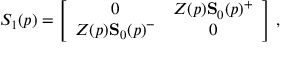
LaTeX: S _ { 1 } ( p ) = \left[ \begin{array} { c c } { { 0 } } & { { Z ( p ) { \bf S } _ { 0 } ( p ) ^ { + } } } \\ { { Z ( p ) { \bf S } _ { 0 } ( p ) ^ { - } } } & { { 0 } } \end{array} \right] \, ,